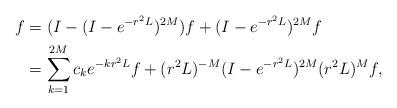
LaTeX: \begin{align*}f& =(I-(I-e^{-r^2L})^{2M})f + (I-e^{-r^2L})^{2M}f\\&=\sum_{k=1}^{2M}c_k e^{-kr^2L}f + (r^2L)^{-M}(I-e^{-r^2L})^{2M} (r^2L)^Mf,\end{align*}